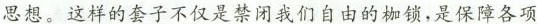
思想。这样的套子不仅是禁闭我们自由的锁，是保障各项